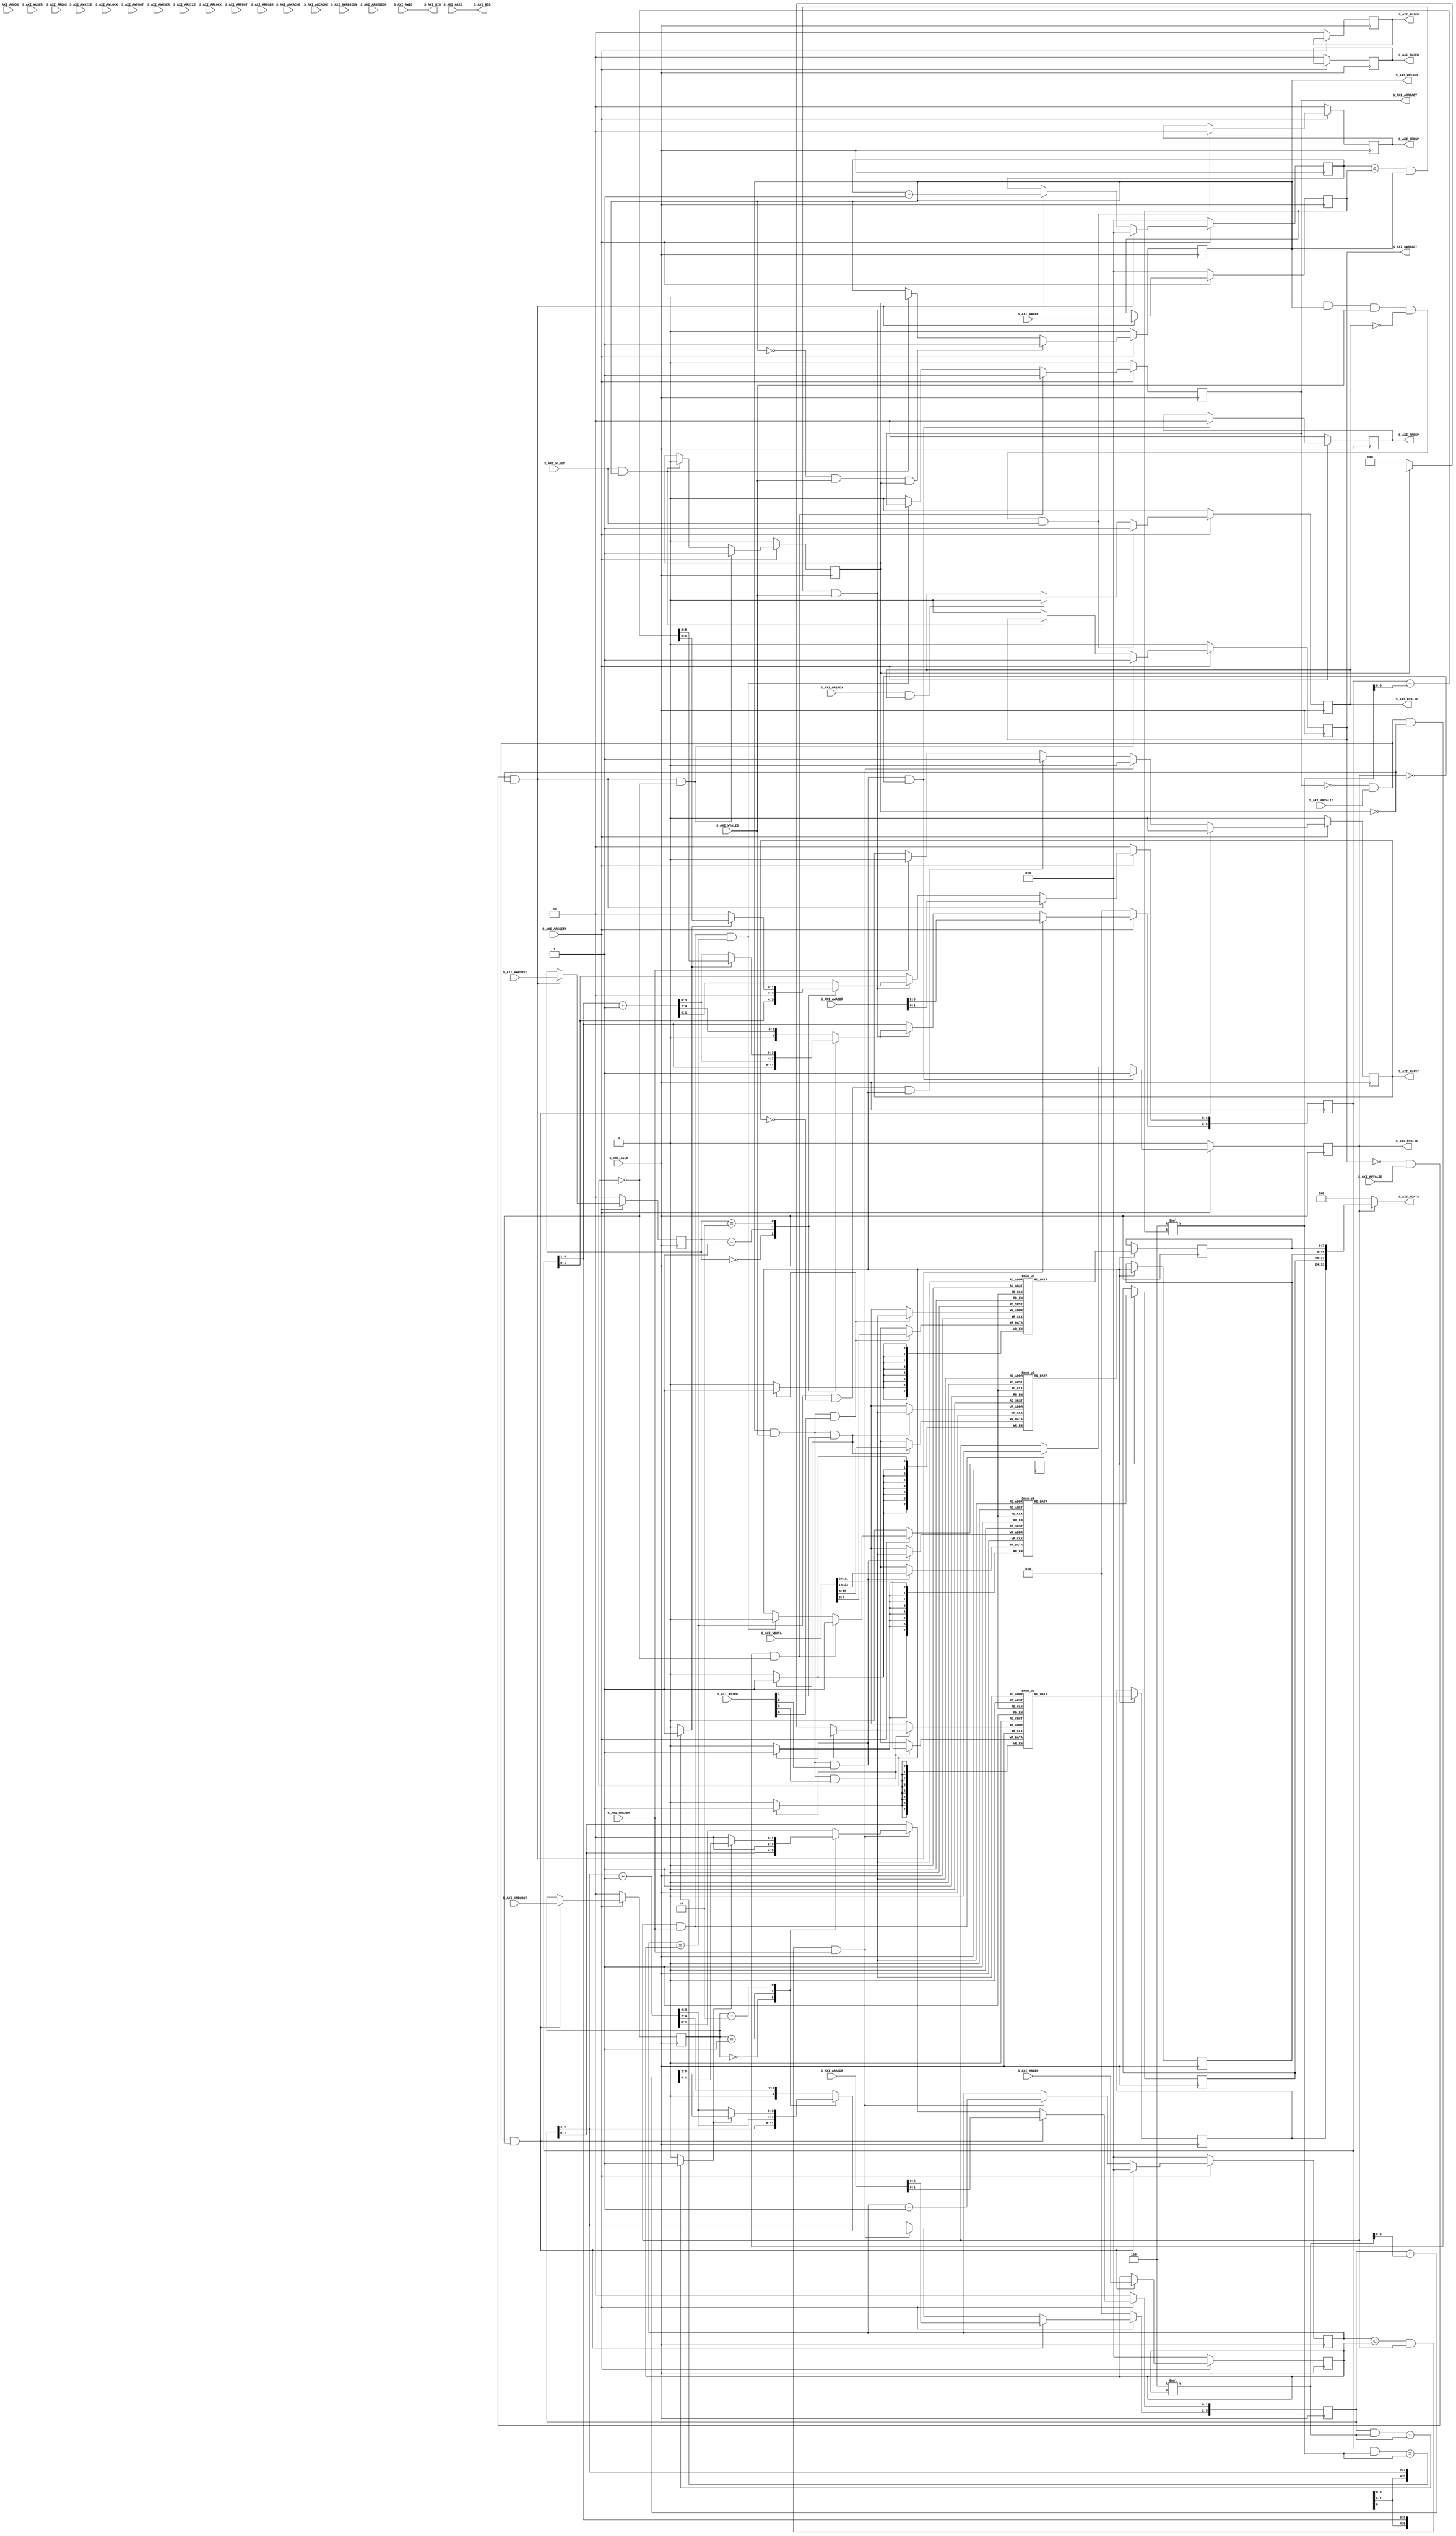
// +FHDR----------------------------------------------------------------------------
//                 Copyright (c) 2022
//                       ALL RIGHTS RESERVED
// ---------------------------------------------------------------------------------
// ---------------------------------------------------------------------------------
// Description   :
//
//
// -FHDR----------------------------------------------------------------------------

`timescale 1 ns / 1 ps

module S_AXI #
(
    // Users to add parameters here

    // User parameters ends
    // Do not modify the parameters beyond this line

    // Width of ID for for write address, write data, read address and read data
    parameter integer C_S_AXI_ID_WIDTH	= 1,
    // Width of S_AXI data bus
    parameter integer C_S_AXI_DATA_WIDTH	= 32,
    // Width of S_AXI address bus
    parameter integer C_S_AXI_ADDR_WIDTH	= 6,
    // Width of optional user defined signal in write address channel
    parameter integer C_S_AXI_AWUSER_WIDTH	= 0,
    // Width of optional user defined signal in read address channel
    parameter integer C_S_AXI_ARUSER_WIDTH	= 0,
    // Width of optional user defined signal in write data channel
    parameter integer C_S_AXI_WUSER_WIDTH	= 0,
    // Width of optional user defined signal in read data channel
    parameter integer C_S_AXI_RUSER_WIDTH	= 0,
    // Width of optional user defined signal in write response channel
    parameter integer C_S_AXI_BUSER_WIDTH	= 0
)
(
    // Users to add ports here

    // User ports ends
    // Do not modify the ports beyond this line

    // Global Clock Signal
    input wire  S_AXI_ACLK,
    // Global Reset Signal. This Signal is Active LOW
    input wire  S_AXI_ARESETN,
    // Write Address ID
    input wire [C_S_AXI_ID_WIDTH-1 : 0] S_AXI_AWID,
    // Write address
    input wire [C_S_AXI_ADDR_WIDTH-1 : 0] S_AXI_AWADDR,
    // Burst length. The burst length gives the exact number of transfers in a burst
    input wire [7 : 0] S_AXI_AWLEN,
    // Burst size. This signal indicates the size of each transfer in the burst
    input wire [2 : 0] S_AXI_AWSIZE,
    // Burst type. The burst type and the size information,
// determine how the address for each transfer within the burst is calculated.
    input wire [1 : 0] S_AXI_AWBURST,
    // Lock type. Provides additional information about the
// atomic characteristics of the transfer.
    input wire  S_AXI_AWLOCK,
    // Memory type. This signal indicates how transactions
// are required to progress through a system.
    input wire [3 : 0] S_AXI_AWCACHE,
    // Protection type. This signal indicates the privilege
// and security level of the transaction, and whether
// the transaction is a data access or an instruction access.
    input wire [2 : 0] S_AXI_AWPROT,
    // Quality of Service, QoS identifier sent for each
// write transaction.
    input wire [3 : 0] S_AXI_AWQOS,
    // Region identifier. Permits a single physical interface
// on a slave to be used for multiple logical interfaces.
    input wire [3 : 0] S_AXI_AWREGION,
    // Optional User-defined signal in the write address channel.
    input wire [C_S_AXI_AWUSER_WIDTH-1 : 0] S_AXI_AWUSER,
    // Write address valid. This signal indicates that
// the channel is signaling valid write address and
// control information.
    input wire  S_AXI_AWVALID,
    // Write address ready. This signal indicates that
// the slave is ready to accept an address and associated
// control signals.
    output wire  S_AXI_AWREADY,
    // Write Data
    input wire [C_S_AXI_DATA_WIDTH-1 : 0] S_AXI_WDATA,
    // Write strobes. This signal indicates which byte
// lanes hold valid data. There is one write strobe
// bit for each eight bits of the write data bus.
    input wire [(C_S_AXI_DATA_WIDTH/8)-1 : 0] S_AXI_WSTRB,
    // Write last. This signal indicates the last transfer
// in a write burst.
    input wire  S_AXI_WLAST,
    // Optional User-defined signal in the write data channel.
    input wire [C_S_AXI_WUSER_WIDTH-1 : 0] S_AXI_WUSER,
    // Write valid. This signal indicates that valid write
// data and strobes are available.
    input wire  S_AXI_WVALID,
    // Write ready. This signal indicates that the slave
// can accept the write data.
    output wire  S_AXI_WREADY,
    // Response ID tag. This signal is the ID tag of the
// write response.
    output wire [C_S_AXI_ID_WIDTH-1 : 0] S_AXI_BID,
    // Write response. This signal indicates the status
// of the write transaction.
    output wire [1 : 0] S_AXI_BRESP,
    // Optional User-defined signal in the write response channel.
    output wire [C_S_AXI_BUSER_WIDTH-1 : 0] S_AXI_BUSER,
    // Write response valid. This signal indicates that the
// channel is signaling a valid write response.
    output wire  S_AXI_BVALID,
    // Response ready. This signal indicates that the master
// can accept a write response.
    input wire  S_AXI_BREADY,
    // Read address ID. This signal is the identification
// tag for the read address group of signals.
    input wire [C_S_AXI_ID_WIDTH-1 : 0] S_AXI_ARID,
    // Read address. This signal indicates the initial
// address of a read burst transaction.
    input wire [C_S_AXI_ADDR_WIDTH-1 : 0] S_AXI_ARADDR,
    // Burst length. The burst length gives the exact number of transfers in a burst
    input wire [7 : 0] S_AXI_ARLEN,
    // Burst size. This signal indicates the size of each transfer in the burst
    input wire [2 : 0] S_AXI_ARSIZE,
    // Burst type. The burst type and the size information,
// determine how the address for each transfer within the burst is calculated.
    input wire [1 : 0] S_AXI_ARBURST,
    // Lock type. Provides additional information about the
// atomic characteristics of the transfer.
    input wire  S_AXI_ARLOCK,
    // Memory type. This signal indicates how transactions
// are required to progress through a system.
    input wire [3 : 0] S_AXI_ARCACHE,
    // Protection type. This signal indicates the privilege
// and security level of the transaction, and whether
// the transaction is a data access or an instruction access.
    input wire [2 : 0] S_AXI_ARPROT,
    // Quality of Service, QoS identifier sent for each
// read transaction.
    input wire [3 : 0] S_AXI_ARQOS,
    // Region identifier. Permits a single physical interface
// on a slave to be used for multiple logical interfaces.
    input wire [3 : 0] S_AXI_ARREGION,
    // Optional User-defined signal in the read address channel.
    input wire [C_S_AXI_ARUSER_WIDTH-1 : 0] S_AXI_ARUSER,
    // Write address valid. This signal indicates that
// the channel is signaling valid read address and
// control information.
    input wire  S_AXI_ARVALID,
    // Read address ready. This signal indicates that
// the slave is ready to accept an address and associated
// control signals.
    output wire  S_AXI_ARREADY,
    // Read ID tag. This signal is the identification tag
// for the read data group of signals generated by the slave.
    output wire [C_S_AXI_ID_WIDTH-1 : 0] S_AXI_RID,
    // Read Data
    output wire [C_S_AXI_DATA_WIDTH-1 : 0] S_AXI_RDATA,
    // Read response. This signal indicates the status of
// the read transfer.
    output wire [1 : 0] S_AXI_RRESP,
    // Read last. This signal indicates the last transfer
// in a read burst.
    output wire  S_AXI_RLAST,
    // Optional User-defined signal in the read address channel.
    output wire [C_S_AXI_RUSER_WIDTH-1 : 0] S_AXI_RUSER,
    // Read valid. This signal indicates that the channel
// is signaling the required read data.
    output wire  S_AXI_RVALID,
    // Read ready. This signal indicates that the master can
// accept the read data and response information.
    input wire  S_AXI_RREADY
);

// AXI4FULL signals
reg [C_S_AXI_ADDR_WIDTH-1 : 0] 	axi_awaddr;
reg  	axi_awready;
reg  	axi_wready;
reg [1 : 0] 	axi_bresp;
reg [C_S_AXI_BUSER_WIDTH-1 : 0] 	axi_buser;
reg  	axi_bvalid;
reg [C_S_AXI_ADDR_WIDTH-1 : 0] 	axi_araddr;
reg  	axi_arready;
reg [C_S_AXI_DATA_WIDTH-1 : 0] 	axi_rdata;
reg [1 : 0] 	axi_rresp;
reg  	axi_rlast;
reg [C_S_AXI_RUSER_WIDTH-1 : 0] 	axi_ruser;
reg  	axi_rvalid;
// aw_wrap_en determines wrap boundary and enables wrapping
wire aw_wrap_en;
// ar_wrap_en determines wrap boundary and enables wrapping
wire ar_wrap_en;
// aw_wrap_size is the size of the write transfer, the
// write address wraps to a lower address if upper address
// limit is reached
wire [31:0]  aw_wrap_size ;
// ar_wrap_size is the size of the read transfer, the
// read address wraps to a lower address if upper address
// limit is reached
wire [31:0]  ar_wrap_size ;
// The axi_awv_awr_flag flag marks the presence of write address valid
reg axi_awv_awr_flag;
//The axi_arv_arr_flag flag marks the presence of read address valid
reg axi_arv_arr_flag;
// The axi_awlen_cntr internal write address counter to keep track of beats in a burst transaction
reg [7:0] axi_awlen_cntr;
//The axi_arlen_cntr internal read address counter to keep track of beats in a burst transaction
reg [7:0] axi_arlen_cntr;
reg [1:0] axi_arburst;
reg [1:0] axi_awburst;
reg [7:0] axi_arlen;
reg [7:0] axi_awlen;
//local parameter for addressing 32 bit / 64 bit C_S_AXI_DATA_WIDTH
//ADDR_LSB is used for addressing 32/64 bit registers/memories
//ADDR_LSB = 2 for 32 bits (n downto 2)
//ADDR_LSB = 3 for 42 bits (n downto 3)

localparam integer ADDR_LSB = (C_S_AXI_DATA_WIDTH/32)+ 1;
localparam integer OPT_MEM_ADDR_BITS = 5; //3 ->5
localparam integer USER_NUM_MEM = 1;
//----------------------------------------------
//-- Signals for user logic memory space example
//------------------------------------------------
wire [OPT_MEM_ADDR_BITS:0] mem_address;
wire [USER_NUM_MEM-1:0] mem_select;
reg [C_S_AXI_DATA_WIDTH-1:0] mem_data_out[0 : USER_NUM_MEM-1];

genvar i;
genvar j;
genvar mem_byte_index;

// I/O Connections assignments

assign S_AXI_AWREADY	= axi_awready;
assign S_AXI_WREADY	= axi_wready;
assign S_AXI_BRESP	= axi_bresp;
assign S_AXI_BUSER	= axi_buser;
assign S_AXI_BVALID	= axi_bvalid;
assign S_AXI_ARREADY	= axi_arready;
assign S_AXI_RDATA	= axi_rdata;
assign S_AXI_RRESP	= axi_rresp;
assign S_AXI_RLAST	= axi_rlast;
assign S_AXI_RUSER	= axi_ruser;
assign S_AXI_RVALID	= axi_rvalid;
assign S_AXI_BID = S_AXI_AWID;
assign S_AXI_RID = S_AXI_ARID;
assign  aw_wrap_size = (C_S_AXI_DATA_WIDTH/8 * (axi_awlen));
assign  ar_wrap_size = (C_S_AXI_DATA_WIDTH/8 * (axi_arlen));
assign  aw_wrap_en = ((axi_awaddr & aw_wrap_size) == aw_wrap_size)? 1'b1: 1'b0;
assign  ar_wrap_en = ((axi_araddr & ar_wrap_size) == ar_wrap_size)? 1'b1: 1'b0;

// Implement axi_awready generation

// axi_awready is asserted for one S_AXI_ACLK clock cycle when both
// S_AXI_AWVALID and S_AXI_WVALID are asserted. axi_awready is
// de-asserted when reset is low.

always @( posedge S_AXI_ACLK )
begin
  if ( S_AXI_ARESETN == 1'b0 )
    begin
      axi_awready <= 1'b0;
      axi_awv_awr_flag <= 1'b0;
    end
  else
    begin
      if (~axi_awready && S_AXI_AWVALID && ~axi_awv_awr_flag && ~axi_arv_arr_flag)
        begin
          // slave is ready to accept an address and
          // associated control signals
          axi_awready <= 1'b1;
          axi_awv_awr_flag  <= 1'b1;
          // used for generation of bresp() and bvalid
        end
      else if (S_AXI_WLAST && axi_wready)
      // preparing to accept next address after current write burst tx completion
        begin
          axi_awv_awr_flag  <= 1'b0;
        end
      else
        begin
          axi_awready <= 1'b0;
        end
    end
end
// Implement axi_awaddr latching

// This process is used to latch the address when both
// S_AXI_AWVALID and S_AXI_WVALID are valid.

always @( posedge S_AXI_ACLK )
begin
  if ( S_AXI_ARESETN == 1'b0 )
    begin
      axi_awaddr <= 0;
      axi_awlen_cntr <= 0;
      axi_awburst <= 0;
      axi_awlen <= 0;
    end
  else
    begin
      if (~axi_awready && S_AXI_AWVALID && ~axi_awv_awr_flag)
        begin
          // address latching
          axi_awaddr <= S_AXI_AWADDR[C_S_AXI_ADDR_WIDTH - 1:0];
           axi_awburst <= S_AXI_AWBURST;
           axi_awlen <= S_AXI_AWLEN;
          // start address of transfer
          axi_awlen_cntr <= 0;
        end
      else if((axi_awlen_cntr <= axi_awlen) && axi_wready && S_AXI_WVALID)
        begin

          axi_awlen_cntr <= axi_awlen_cntr + 1;

          case (axi_awburst)
            2'b00: // fixed burst
            // The write address for all the beats in the transaction are fixed
              begin
                axi_awaddr <= axi_awaddr;
                //for awsize = 4 bytes (010)
              end
            2'b01: //incremental burst
            // The write address for all the beats in the transaction are increments by awsize
              begin
                axi_awaddr[C_S_AXI_ADDR_WIDTH - 1:ADDR_LSB] <= axi_awaddr[C_S_AXI_ADDR_WIDTH - 1:ADDR_LSB] + 1;
                //awaddr aligned to 4 byte boundary
                axi_awaddr[ADDR_LSB-1:0]  <= {ADDR_LSB{1'b0}};
                //for awsize = 4 bytes (010)
              end
            2'b10: //Wrapping burst
            // The write address wraps when the address reaches wrap boundary
              if (aw_wrap_en)
                begin
                  axi_awaddr <= (axi_awaddr - aw_wrap_size);
                end
              else
                begin
                  axi_awaddr[C_S_AXI_ADDR_WIDTH - 1:ADDR_LSB] <= axi_awaddr[C_S_AXI_ADDR_WIDTH - 1:ADDR_LSB] + 1;
                  axi_awaddr[ADDR_LSB-1:0]  <= {ADDR_LSB{1'b0}};
                end
            default: //reserved (incremental burst for example)
              begin
                axi_awaddr <= axi_awaddr[C_S_AXI_ADDR_WIDTH - 1:ADDR_LSB] + 1;
                //for awsize = 4 bytes (010)
              end
          endcase
        end
    end
end
// Implement axi_wready generation

// axi_wready is asserted for one S_AXI_ACLK clock cycle when both
// S_AXI_AWVALID and S_AXI_WVALID are asserted. axi_wready is
// de-asserted when reset is low.

always @( posedge S_AXI_ACLK )
begin
  if ( S_AXI_ARESETN == 1'b0 )
    begin
      axi_wready <= 1'b0;
    end
  else
    begin
      if ( ~axi_wready && S_AXI_WVALID && axi_awv_awr_flag)
        begin
          // slave can accept the write data
          axi_wready <= 1'b1;
        end
      //else if (~axi_awv_awr_flag)
      else if (S_AXI_WLAST && axi_wready)
        begin
          axi_wready <= 1'b0;
        end
    end
end
// Implement write response logic generation

// The write response and response valid signals are asserted by the slave
// when axi_wready, S_AXI_WVALID, axi_wready and S_AXI_WVALID are asserted.
// This marks the acceptance of address and indicates the status of
// write transaction.

always @( posedge S_AXI_ACLK )
begin
  if ( S_AXI_ARESETN == 1'b0 )
    begin
      axi_bvalid <= 0;
      axi_bresp <= 2'b0;
      axi_buser <= 0;
    end
  else
    begin
      if (axi_awv_awr_flag && axi_wready && S_AXI_WVALID && ~axi_bvalid && S_AXI_WLAST )
        begin
          axi_bvalid <= 1'b1;
          axi_bresp  <= 2'b0;
          // 'OKAY' response
        end
      else
        begin
          if (S_AXI_BREADY && axi_bvalid)
          //check if bready is asserted while bvalid is high)
          //(there is a possibility that bready is always asserted high)
            begin
              axi_bvalid <= 1'b0;
            end
        end
    end
 end
// Implement axi_arready generation

// axi_arready is asserted for one S_AXI_ACLK clock cycle when
// S_AXI_ARVALID is asserted. axi_awready is
// de-asserted when reset (active low) is asserted.
// The read address is also latched when S_AXI_ARVALID is
// asserted. axi_araddr is reset to zero on reset assertion.

always @( posedge S_AXI_ACLK )
begin
  if ( S_AXI_ARESETN == 1'b0 )
    begin
      axi_arready <= 1'b0;
      axi_arv_arr_flag <= 1'b0;
    end
  else
    begin
      if (~axi_arready && S_AXI_ARVALID && ~axi_awv_awr_flag && ~axi_arv_arr_flag)
        begin
          axi_arready <= 1'b1;
          axi_arv_arr_flag <= 1'b1;
        end
      else if (axi_rvalid && S_AXI_RREADY && axi_arlen_cntr == axi_arlen)
      // preparing to accept next address after current read completion
        begin
          axi_arv_arr_flag  <= 1'b0;
        end
      else
        begin
          axi_arready <= 1'b0;
        end
    end
end
// Implement axi_araddr latching

//This process is used to latch the address when both
//S_AXI_ARVALID and S_AXI_RVALID are valid.
always @( posedge S_AXI_ACLK )
begin
  if ( S_AXI_ARESETN == 1'b0 )
    begin
      axi_araddr <= 0;
      axi_arlen_cntr <= 0;
      axi_arburst <= 0;
      axi_arlen <= 0;
      axi_rlast <= 1'b0;
      axi_ruser <= 0;
    end
  else
    begin
      if (~axi_arready && S_AXI_ARVALID && ~axi_arv_arr_flag)
        begin
          // address latching
          axi_araddr <= S_AXI_ARADDR[C_S_AXI_ADDR_WIDTH - 1:0];
          axi_arburst <= S_AXI_ARBURST;
          axi_arlen <= S_AXI_ARLEN;
          // start address of transfer
          axi_arlen_cntr <= 0;
          axi_rlast <= 1'b0;
        end
      else if((axi_arlen_cntr <= axi_arlen) && axi_rvalid && S_AXI_RREADY)
        begin

          axi_arlen_cntr <= axi_arlen_cntr + 1;
          axi_rlast <= 1'b0;

          case (axi_arburst)
            2'b00: // fixed burst
             // The read address for all the beats in the transaction are fixed
              begin
                axi_araddr       <= axi_araddr;
                //for arsize = 4 bytes (010)
              end
            2'b01: //incremental burst
            // The read address for all the beats in the transaction are increments by awsize
              begin
                axi_araddr[C_S_AXI_ADDR_WIDTH - 1:ADDR_LSB] <= axi_araddr[C_S_AXI_ADDR_WIDTH - 1:ADDR_LSB] + 1;
                //araddr aligned to 4 byte boundary
                axi_araddr[ADDR_LSB-1:0]  <= {ADDR_LSB{1'b0}};
                //for awsize = 4 bytes (010)
              end
            2'b10: //Wrapping burst
            // The read address wraps when the address reaches wrap boundary
              if (ar_wrap_en)
                begin
                  axi_araddr <= (axi_araddr - ar_wrap_size);
                end
              else
                begin
                axi_araddr[C_S_AXI_ADDR_WIDTH - 1:ADDR_LSB] <= axi_araddr[C_S_AXI_ADDR_WIDTH - 1:ADDR_LSB] + 1;
                //araddr aligned to 4 byte boundary
                axi_araddr[ADDR_LSB-1:0]  <= {ADDR_LSB{1'b0}};
                end
            default: //reserved (incremental burst for example)
              begin
                axi_araddr <= axi_araddr[C_S_AXI_ADDR_WIDTH - 1:ADDR_LSB]+1;
                //for arsize = 4 bytes (010)
              end
          endcase
        end
      else if((axi_arlen_cntr == axi_arlen) && ~axi_rlast && axi_arv_arr_flag )
        begin
          axi_rlast <= 1'b1;
        end
      else if (S_AXI_RREADY)
        begin
          axi_rlast <= 1'b0;
        end
    end
end
// Implement axi_arvalid generation

// axi_rvalid is asserted for one S_AXI_ACLK clock cycle when both
// S_AXI_ARVALID and axi_arready are asserted. The slave registers
// data are available on the axi_rdata bus at this instance. The
// assertion of axi_rvalid marks the validity of read data on the
// bus and axi_rresp indicates the status of read transaction.axi_rvalid
// is deasserted on reset (active low). axi_rresp and axi_rdata are
// cleared to zero on reset (active low).

always @( posedge S_AXI_ACLK )
begin
  if ( S_AXI_ARESETN == 1'b0 )
    begin
      axi_rvalid <= 0;
      axi_rresp  <= 0;
    end
  else
    begin
      if (axi_arv_arr_flag && ~axi_rvalid)
        begin
          axi_rvalid <= 1'b1;
          axi_rresp  <= 2'b0;
          // 'OKAY' response
        end
      else if (axi_rvalid && S_AXI_RREADY)
        begin
          axi_rvalid <= 1'b0;
        end
    end
end
// ------------------------------------------
// -- Example code to access user logic memory region
// ------------------------------------------

generate
  if (USER_NUM_MEM >= 1)
    begin
      assign mem_select  = 1;
      assign mem_address = (axi_arv_arr_flag? axi_araddr[ADDR_LSB+OPT_MEM_ADDR_BITS:ADDR_LSB]:(axi_awv_awr_flag? axi_awaddr[ADDR_LSB+OPT_MEM_ADDR_BITS:ADDR_LSB]:0));
    end
endgenerate

// implement Block RAM(s)
generate
  for(i=0; i<= USER_NUM_MEM-1; i=i+1)
    begin:BRAM_GEN
      wire mem_rden;
      wire mem_wren;

      assign mem_wren = axi_wready && S_AXI_WVALID ;

      assign mem_rden = axi_arv_arr_flag ; //& ~axi_rvalid

      for(mem_byte_index=0; mem_byte_index<= (C_S_AXI_DATA_WIDTH/8-1); mem_byte_index=mem_byte_index+1)  
      begin:BYTE_BRAM_GEN
        wire [8-1:0] data_in ;
        wire [8-1:0] data_out;
        reg  [8-1:0] byte_ram [0 : 4*16 -1]; // my modify

        //assigning 8 bit data
        assign data_in  = S_AXI_WDATA[(mem_byte_index*8+7) -: 8];
        assign data_out = byte_ram[mem_address];

        always @( posedge S_AXI_ACLK )
        begin
          if (mem_wren && S_AXI_WSTRB[mem_byte_index])
            begin
              byte_ram[mem_address] <= data_in;
            end
        end

        always @( posedge S_AXI_ACLK )
        begin
          if (mem_rden)
            begin
              mem_data_out[i][(mem_byte_index*8+7) -: 8] <= data_out;
            end
        end

    end
  end
endgenerate
//Output register or memory read data

always @(mem_data_out[0])
begin
  if (axi_rvalid)
    begin
      // Read address mux
      axi_rdata <= mem_data_out[0];
    end
  else
    begin
      axi_rdata <= 32'h00000000;
    end
end

// Add user logic here

// User logic ends

endmodule